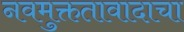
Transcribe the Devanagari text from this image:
नवमुक्ततावादाचा